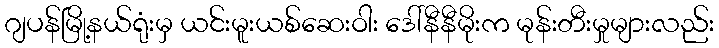
ဂျပန်မြို့နယ်ရုံးမှ ယင်းမူးယစ်ဆေးဝါး ဒေါ်နီနီမိုးက မုန်းတီးမှုများလည်း